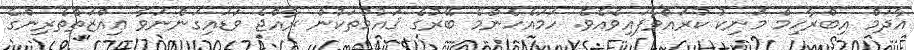
އާދަމް އިބްރާހިމް މަނިކު ކުރައްވާފައިވެއެވެ. ހަމައެހެންމެ ބޭރުގެ ޤައުމުތަކުން ރާއްޖެ ވަޑައިގަންނަވާ ޢިއްޒަތްތެރިންގެ